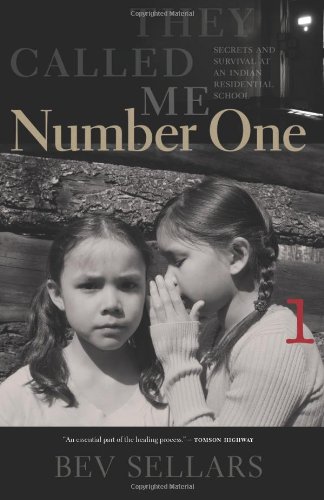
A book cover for They Called Me Number One: Secrets and Survival at an Indian Residential School; Bev Sellars; Biographies & Memoirs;